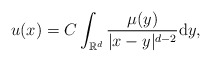
\begin{align*}u(x)=C\int_{\mathbb{R}^d}\frac{\mu(y)}{|x-y|^{d-2}}{\rm d}y,\end{align*}